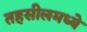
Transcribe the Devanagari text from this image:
तहसीलमध्ये